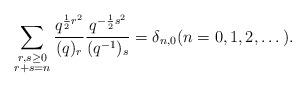
LaTeX: \begin{align*} \sum_{\substack{r,s\geq 0\\r+s=n}} \frac{q^{\frac{1}{2}r^{2}}}{(q)_{r}} \frac{q^{-\frac{1}{2}s^{2}}}{(q^{-1})_{s}}=\delta_{n,0} (n=0,1,2,\dots). \end{align*}